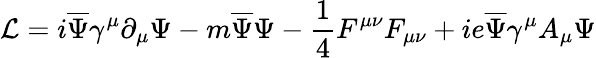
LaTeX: {\mathcal{L}}=i{\overline{{{\Psi}}}}\gamma^{\mu}\partial_{\mu}\Psi-m{\overline{{{\Psi}}}}\Psi-\frac{1}{4}F^{\mu\nu}F_{\mu\nu}+ie\overline{{{\Psi}}}{\gamma^{\mu}}{A_{\mu}}{\Psi}